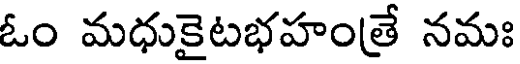
ఓం మధుకైటభహంత్రే నమః